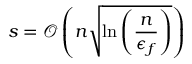
s = \mathcal { O } \left( n \sqrt { \ln \left( \frac { n } { \epsilon _ { f } } \right) } \right)